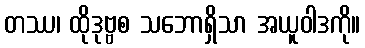
တဿ၊ ထိုဒုဗ္ဗစ သဘောရှိသာ အယူဝါဒကို။